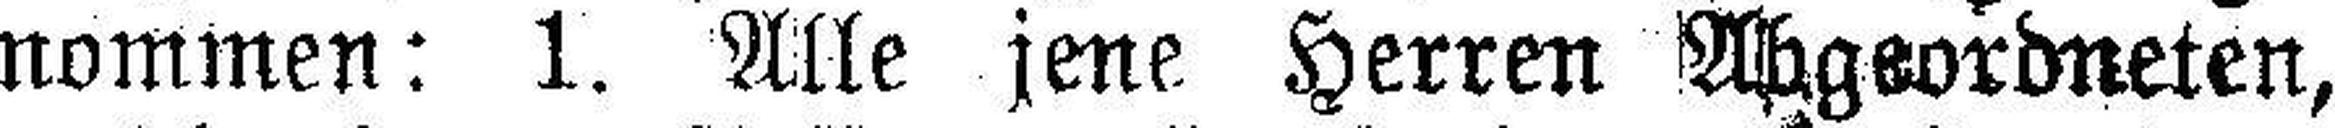
nommen: 1. Alle jene Herren Abgeordneten,